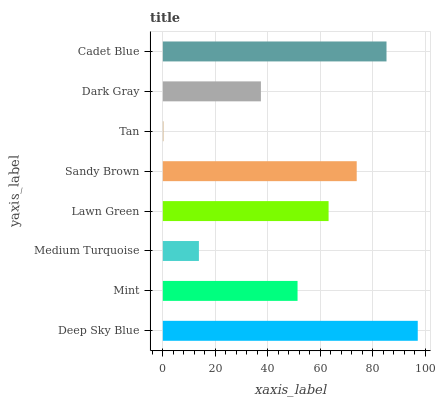
| yaxis_label | bars |
 | --- | --- |
 | Deep Sky Blue | 97.1 |
 | Mint | 51.3 |
 | Medium Turquoise | 13.8 |
 | Lawn Green | 63.2 |
 | Sandy Brown | 73.9 |
 | Tan | 0.284 |
 | Dark Gray | 37.4 |
 | Cadet Blue | 85.2 |